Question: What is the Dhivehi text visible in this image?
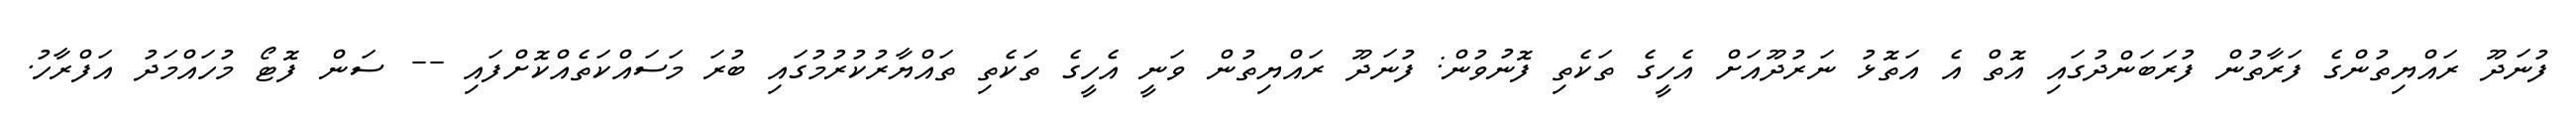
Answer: ފުނަދޫ ރައްޔިތުންގެ ފަރާތުން ފުރަބަންދުގައި އޮތް އެ އަތޮޅު ނަރުދޫއަށް އެހީގެ ތަކެތި ފޮނުވުން: ފުނަދޫ ރައްޔިތުން ވަނީ އެހީގެ ތަކެތި ތައްޔާރުކުރުމުގައި ބުރަ މަސައްކަތެއްކޮށްފައި -- ސަން ފޮޓޯ މުހައްމަދު އަފްރާހު.